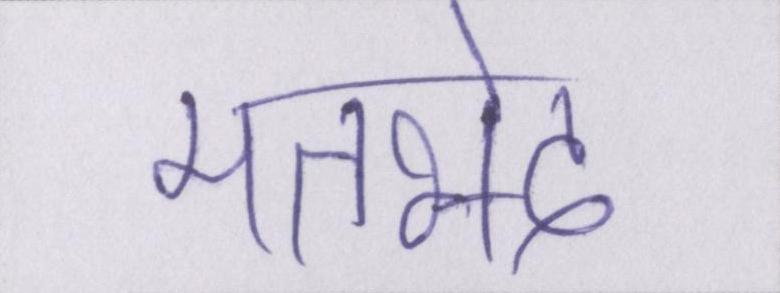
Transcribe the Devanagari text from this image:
मतभेद